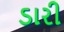
ડારી